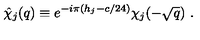
\hat { \chi } _ { j } ( q ) \equiv e ^ { - i \pi ( h _ { j } - c / 2 4 ) } \chi _ { j } ( - \sqrt { q } ) \ .